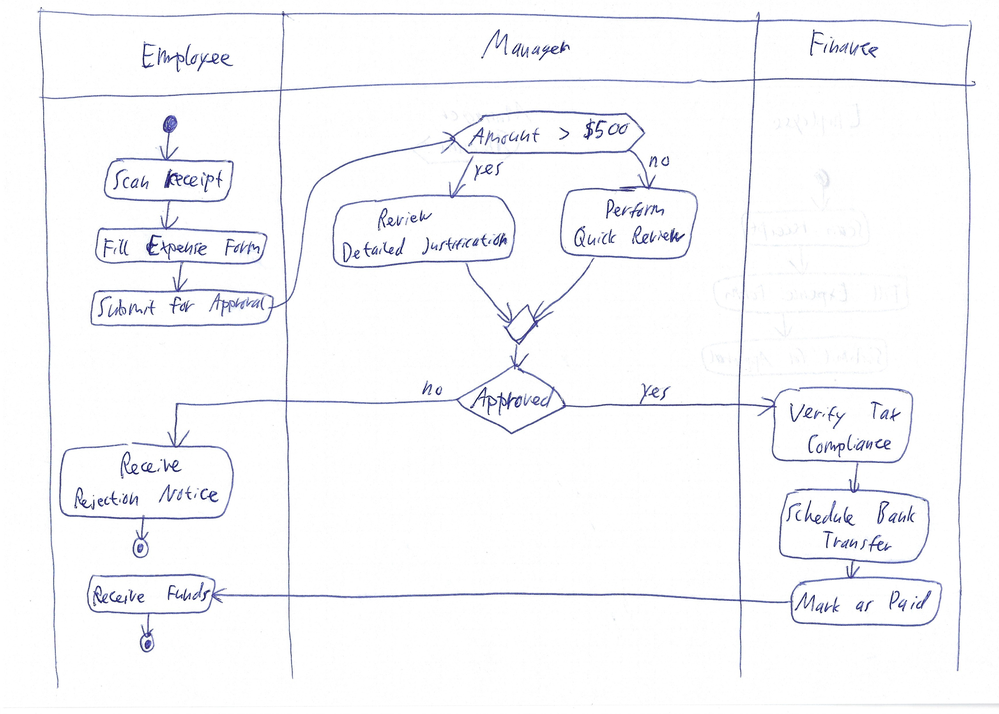
Diagram type: activity_diagram
```plantuml
@startuml

|Employee|
start
:Scan Receipt;
:Fill Expense Form;
:Submit for Approval;
|Manager|
if (Amount > $500?) then (yes)
  :Review Detailed Justification;
else (no)
  :Perform Quick Review;
endif
if (Approved?) then (no)
  |Employee|
  :Receive Rejection Notice;
  stop
else (yes)
  |Finance|
  :Verify Tax Compliance;
  :Schedule Bank Transfer;
  :Mark as Paid;
endif
|Employee|
:Receive Funds;
stop

@enduml
```